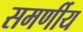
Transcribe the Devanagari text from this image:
समर्णीय